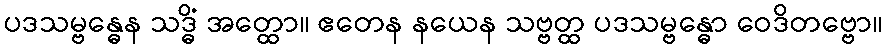
ပဒသမ္ဗန္ဓေန သဒ္ဓိံ အတ္ထော။ ဧတေန နယေန သဗ္ဗတ္ထ ပဒသမ္ဗန္ဓော ဝေဒိတဗ္ဗော။